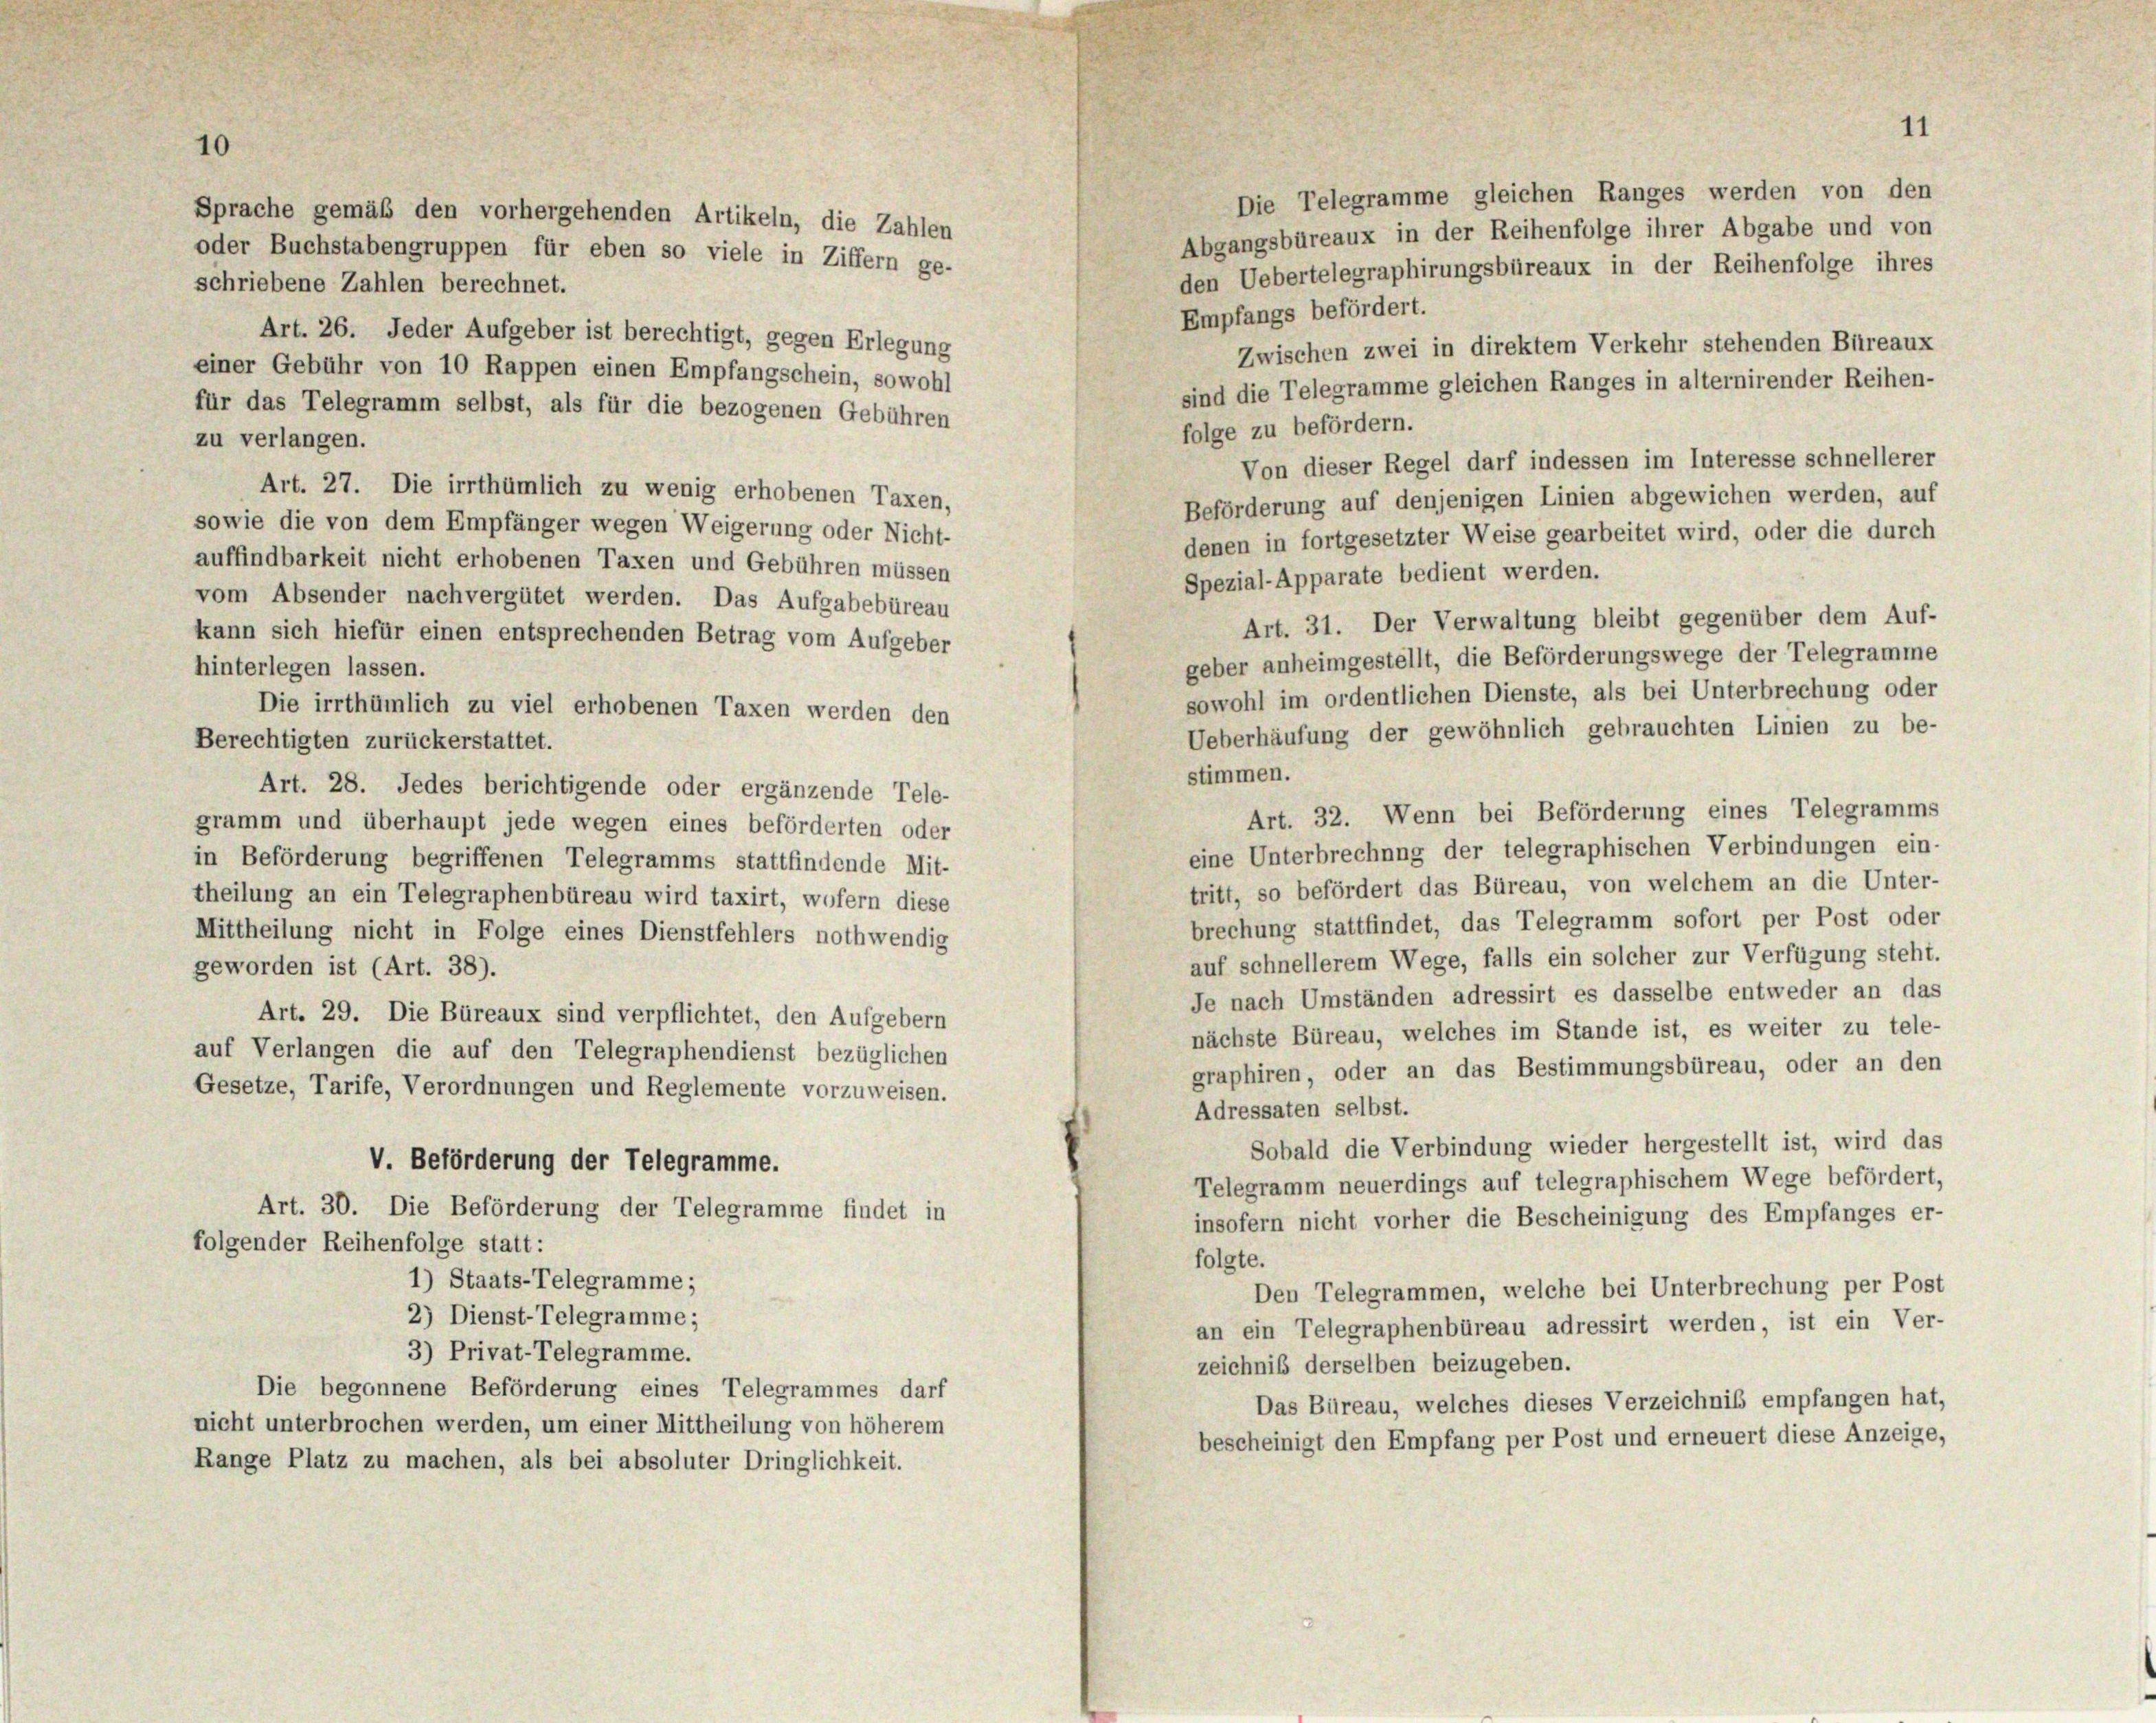
Sprache gemäß den vorhergehenden Artikeln, die Zahlen
oder Buchstabengruppen für eben so viele in Ziffern ge-

10

schriebene Zahlen berechnet.
Art. 26. Jeder Aufgeber ist berechtigt, gegen Erlegung
einer Gebühr von 10 Rappen einen Empfangschein, sowohl
sind die Telegramme gleichen Ranges in alternirender Reihen-
für das Telegramm selbst, als für die bezogenen Gebühren
folge zu befördern.
zu verlangen.
Von dieser Regel darf indessen im Interesse schnellerer
Art. 27. Die irrthümlich zu wenig erhobenen Taxen,
Beförderung auf denjenigen Linien abgewichen werden, auf
sowie die von dem Empfänger wegen Weigerung oder Nicht-
denen in fortgesetzter Weise gearbeitet wird, oder die durch
auffindbarkeit nicht erhobenen Taxen und Gebühren müssen
Spezial-Apparate bedient werden.
vom Absender nachvergütet werden. Das Aufgabebüreau
Art. 31. Der Verwaltung bleibt gegenüber dem Auf-
kann sich hiefür einen entsprechenden Betrag vom Aufgeber
geber anheimgestellt, die Beförderungswege der Telegramme
hinterlegen lassen.
sowohl im ordentlichen Dienste, als bei Unterbrechung oder
Die irrthümlich zu viel erhobenen Taxen werden den
Ueberhäufung der gewöhnlich gebrauchten Linien zu be-
Berechtigten zurückerstattet.
stimmen.
Art. 28. Jedes berichtigende oder ergänzende Tele-
Art. 32. Wenn bei Beförderung eines Telegramms
gramm und überhaupt jede wegen eines beförderten oder
eine Unterbrechung der telegraphischen Verbindungen ein-
in Beförderung begriffenen Telegramms stattfindende Mit-
tritt, so befördert das Büreau, von welchem an die Unter-
theilung an ein Telegraphenbüreau wird taxirt, wofern diese
brechung stattfindet, das Telegramm sofort per Post oder
Mittheilung nicht in Folge eines Dienstfehlers nothwendig
auf schnellerem Wege, falls ein solcher zur Verfügung steht.
geworden ist (Art. 38).
Je nach Umständen adressirt es dasselbe entweder an das
Art. 29. Die Büreaux sind verpflichtet, den Aufgebern
nächste Büreau, welches im Stande ist, es weiter zu tele-
auf Verlangen die auf den Telegraphendienst bezüglichen
graphiren, oder an das Bestimmungsbüreau, oder an den
Gesetze, Tarife, Verordnungen und Reglemente vorzuweisen.
Adressaten selbst.
Sobald die Verbindung wieder hergestellt ist, wird das
V. Beförderung der Telegramme.
Telegramm neuerdings auf telegraphischem Wege befördert,
Art. 30. Die Beförderung der Telegramme findet in
insofern nicht vorher die Bescheinigung des Empfanges er-
folgender Reihenfolge statt:
folgte.
1) Staats-Telegramme;
Den Telegrammen, welche bei Unterbrechung per Post
2) Dienst-Telegramme;
an ein Telegraphenbüreau adressirt werden, ist ein Ver-
3) Privat-Telegramme.
zeichniß derselben beizugeben.
Die begonnene Beförderung eines Telegrammes darf
Das Büreau, welches dieses Verzeichnis empfangen hat,
nicht unterbrochen werden, um einer Mittheilung von höherem
bescheinigt den Empfang per Post und erneuert diese Anzeige,
Range Platz zu machen, als bei absoluter Dringlichkeit.

11

Die Telegramme gleichen Ranges werden von den
Abgangsbüreaux in der Reihenfolge ihrer Abgabe und von
den Uebertelegraphirungsbüreaux in der Reihenfolge ihres
Empfangs befördert.
Zwischen zwei in direktem Verkehr stehenden Büreaux